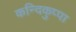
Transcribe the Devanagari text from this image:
कन्दिकुप्पा